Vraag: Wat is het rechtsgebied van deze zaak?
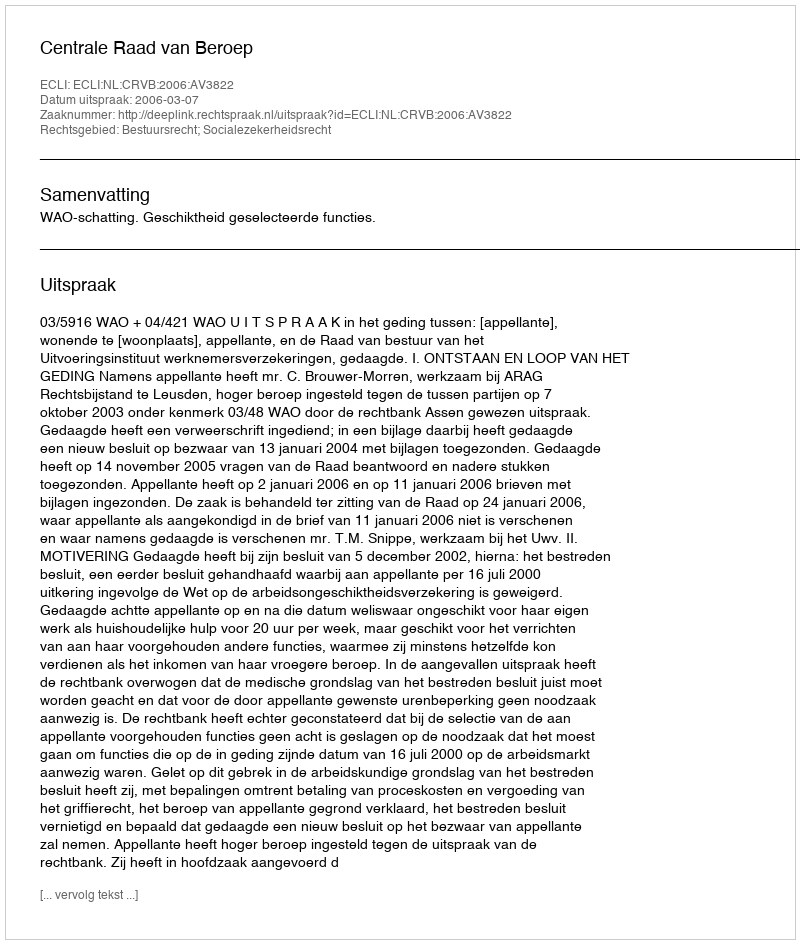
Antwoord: Bestuursrecht; Socialezekerheidsrecht